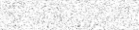
١٩